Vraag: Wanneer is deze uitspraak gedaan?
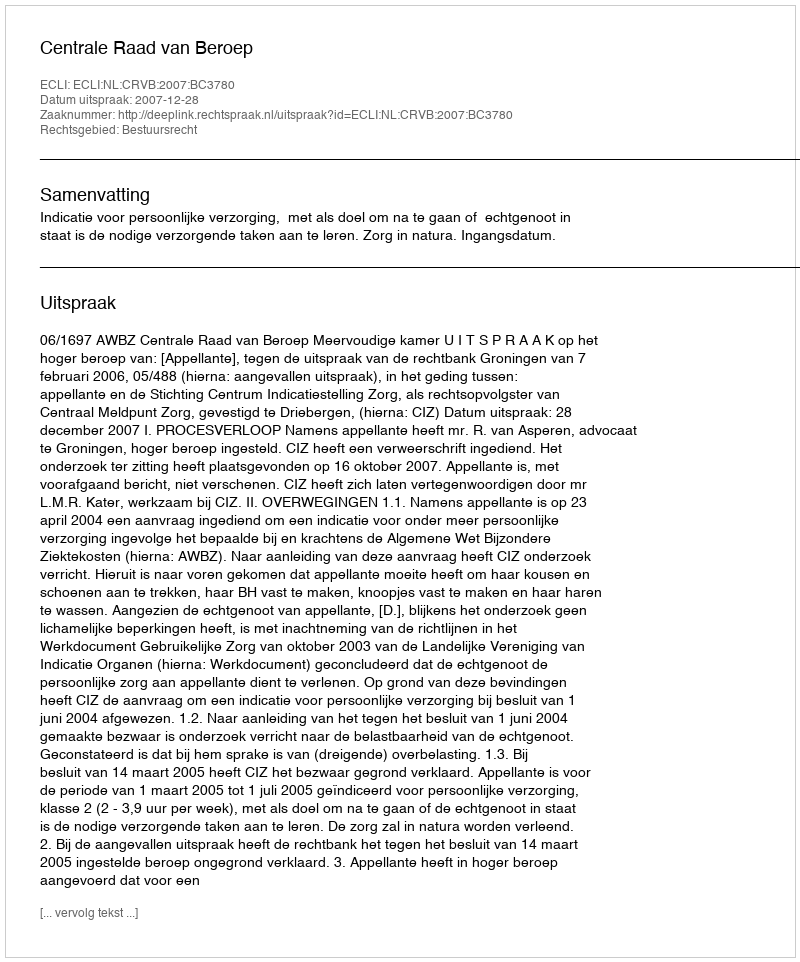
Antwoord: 2007-12-28